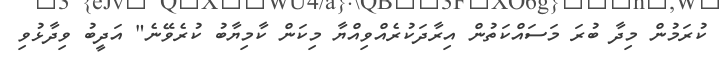
ކުރަމުން މިދާ ބުރަ މަސައްކަތުން އިރާދަކުރެއްވިއްޔާ މިކަން ކާމިޔާބު ކުރެވޭނެ" އަދީބު ވިދާޅުވި